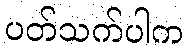
ပတ်သက်ပါက